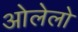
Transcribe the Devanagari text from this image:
ओलेलो